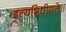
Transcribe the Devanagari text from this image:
इत्यभिधीयते॥